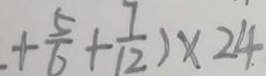
+ \frac { 5 } { 6 } + \frac { 7 } { 1 2 } ) \times 2 4 .